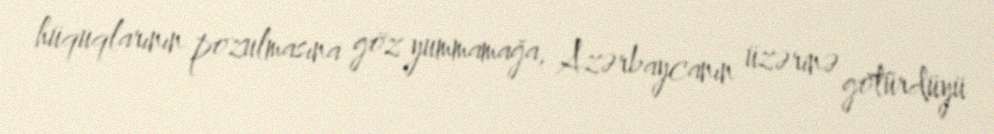
hüquqlarının pozulmasına göz yummamağa, Azərbaycanın üzərinə götürdüyü